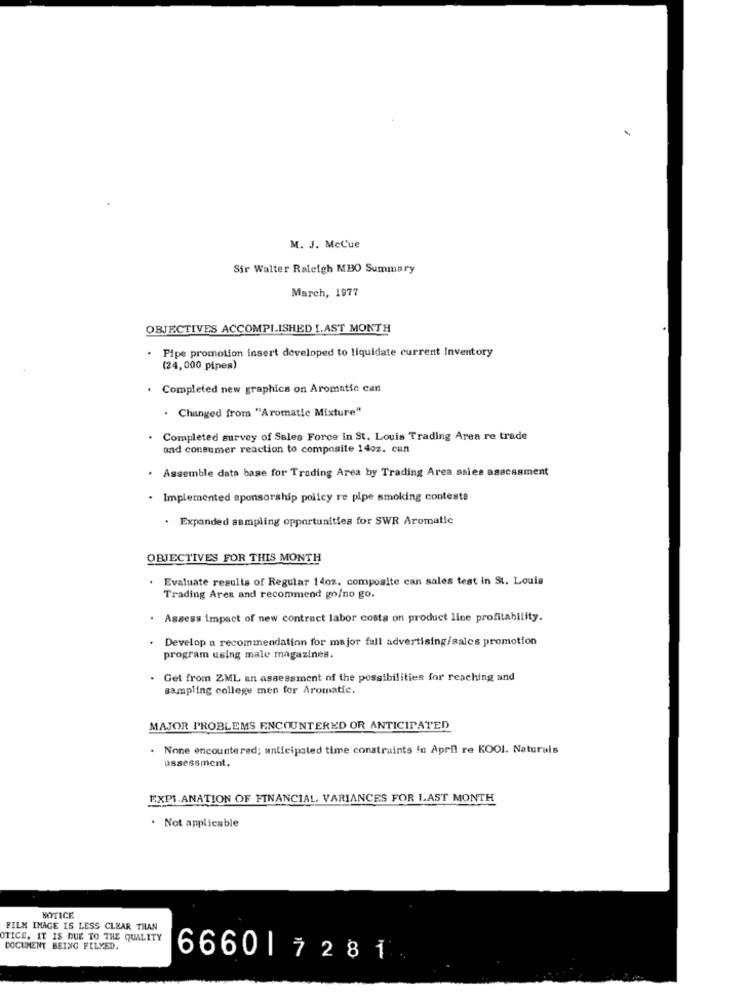
M. J. McCue
Sir Walter Raleigh MBO Summary
March, 1977
OBJECTIVES ACCOMPLISHED I.AST MONTH
Pipe promotion insert developed to liquidate current inventory
(24, 000 pipes)
. Completed new graphics on Aromatic can
. Changed from "Aromatic Mixture"
Completed survey of Sales Force in St. Louis Trading Area re trade
and consumer reaction to composite 14oz. can
Assemble data base for Trading Area by Trading Area sales assessment
· Implemented sponsorship policy re pipe smoking contesto
. Expanded sampling opportunities for SWR Aromatic
OBJECTIVES FOR THIS MONTH
Evaluate results of Regular 140z. composite can sales test in St. Louis
Trading Ares and recommend go/no go.
. Assess impact of new contract labor costs on product line profitability.
Develop a recommendation for major full advertising/sales promotion
program using male magazines.
Get from ZML an assessment of the possibilities for reaching and
sampling college men for Aromatic.
MAJOR PROBLEMS ENCOUNTERED OR ANTICIPATED
. None encountered; anticipated time constraints in April re KOOI. Naturais
assessment.
EXPLANATION OF FINANCIAL, VARIANCES FOR LAST MONTH
. Not applicable
NOTICE
FILM IMAGE IS LESS CLEAR TILAN
OTICE, IT IS DUE TO THE QUALITY
DOCUMENT BEING FILMED.
666017281